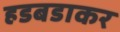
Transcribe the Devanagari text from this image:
हडबडाकर